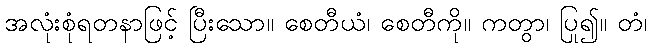
အလုံးစုံရတနာဖြင့် ပြီးသော။ စေတီယံ၊ စေတီကို။ ကတွာ၊ ပြု၍။ တံ၊